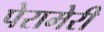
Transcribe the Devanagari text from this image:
पेरामेरी